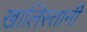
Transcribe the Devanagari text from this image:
खालिस्तानी